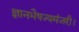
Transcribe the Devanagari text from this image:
ज्ञानभैषज्यमंजरी।